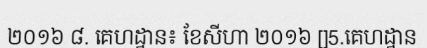
២០១៦ ៨. គេហដ្ឋាន៖ ខែសីហា ២០១៦ []5.គេហដ្ឋាន